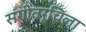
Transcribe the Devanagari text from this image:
संगीतरूचिला